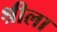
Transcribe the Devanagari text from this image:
श्रीला